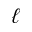
\ell